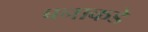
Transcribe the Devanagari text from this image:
बनाकडे